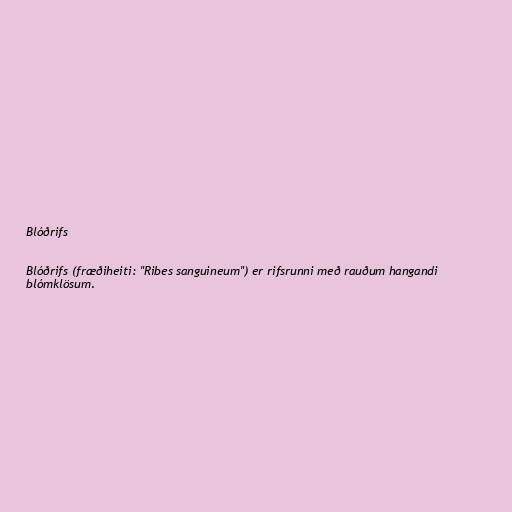
Blóðrifs

Blóðrifs (fræðiheiti: "Ribes sanguineum") er rifsrunni með rauðum hangandi
blómklösum.